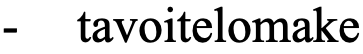
-  tavoitelomake